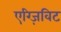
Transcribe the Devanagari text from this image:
एग्ज़िविट